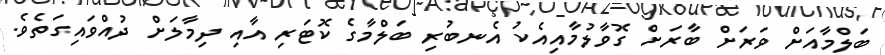
ބަލްމާއަށް ވަރަށް ބާރަށް ގޮވާލުމާއިއެކު އެނބުރި ބަލްމާގެ ކޮޓަރި އާއި ދިމާލަށް ދުއްވައިގަތެވެ.